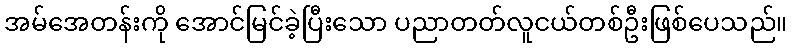
အမ်အေတန်းကို အောင်မြင်ခဲ့ပြီးသော ပညာတတ်လူငယ်တစ်ဦးဖြစ်ပေသည်။